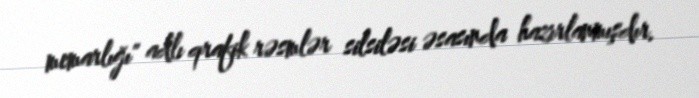
memarlığı" adlı qrafik rəsmlər silsiləsi əsasında hazırlanmışdır.